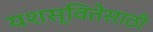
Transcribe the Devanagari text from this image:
यशस्वितेसाठी